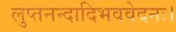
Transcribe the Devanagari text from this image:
लुप्तनन्दादिभववेदनः।